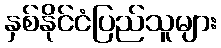
နှစ်နိုင်ငံပြည်သူများ